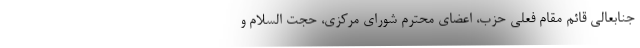
جنابعالی قائم مقام فعلی حزب، اعضای محترم شورای مرکزی، حجت السلام و